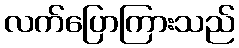
လက်ပြောကြားသည်